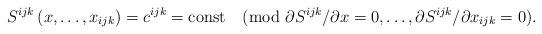
LaTeX: \begin{align*}S^{ijk}\left(x,\ldots,x_{ijk}\right)=c^{ijk}=\mathrm{const} \pmod{\partial S^{ijk}/\partial x=0,\ldots,\partial S^{ijk}/\partial x_{ijk}=0}.\end{align*}